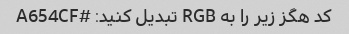
کد هگز زیر را به RGB تبدیل کنید: #A654CF